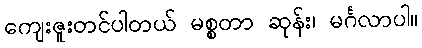
ကျေးဇူးတင်ပါတယ် မစ္စတာ ဆုန်း၊ မင်္ဂလာပါ။